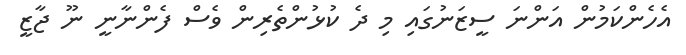
އެހެންކަމުން އަންނަ ސީޒަނުގައި މި ދެ ކުޅުންތެރިން ވެސް ފެންނާނީ ނޫ ޖާޒީ